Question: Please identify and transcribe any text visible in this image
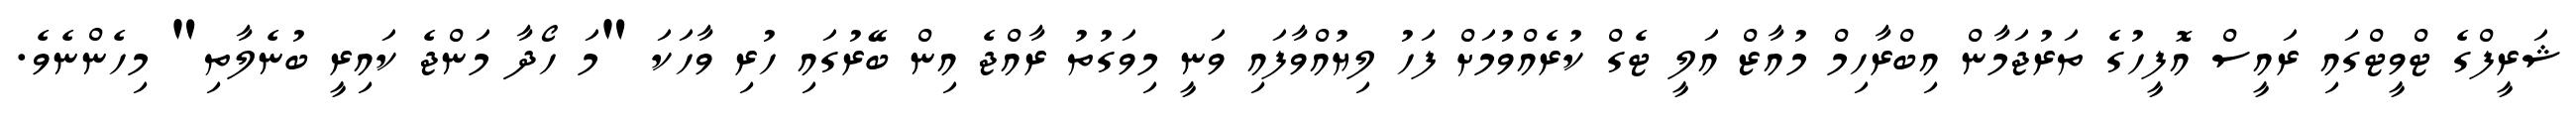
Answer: ޝަރީފްގެ ޓްވީޓްގައި ރައީސް އޮފީހުގެ ތަރުޖަމާން އިބްރާހިމް މުއާޒް އަލީ ޓެގް ކުރެއްވުމަށް ފަހު ލިޔުއްވާފައި ވަނީ މިވަގުތު ރާއްޖެ އިން ބޭރުގައި ހުރި ވާހަކަ "މަ ހޯދާ މަންޖެ ކައިރީ ބުނެލާތި" މިހެންނެވެ.